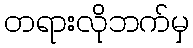
တရားလိုဘက်မှ